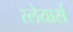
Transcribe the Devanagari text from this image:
स्लेयार्स